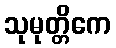
သုမုတ္တိကေ